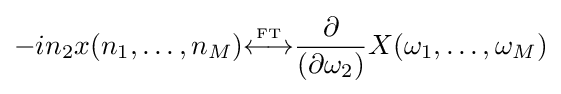
-in_{2}x(n_{1},\ldots ,n_{M}){\overset {\underset {\mathrm {FT} }{}}{\longleftrightarrow }}{\frac {\partial }{(\partial \omega _{2})}}X(\omega _{1},\ldots ,\omega _{M})